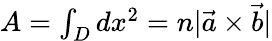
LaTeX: \begin{array}{r}{A=\int_{D}dx^{2}=n|\vec{a}\times\vec{b}|}\end{array}